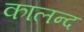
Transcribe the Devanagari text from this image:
कालन्द